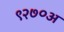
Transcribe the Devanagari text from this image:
९२७०अ